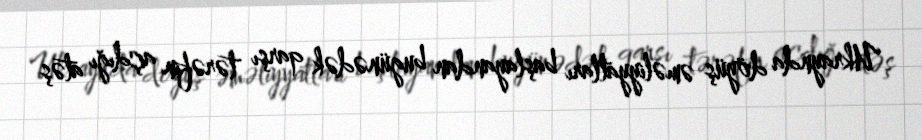
Ukraynda döyüş əməliyyatları başlayandan bugünədək qarşı tərəfin açdığı atəş